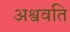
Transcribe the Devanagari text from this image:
अश्ववति